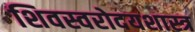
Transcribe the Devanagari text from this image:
शिवस्वरोदयशास्त्र